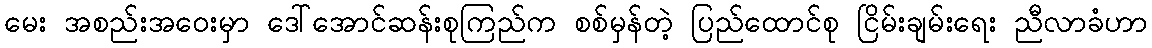
မေး အစည်းအဝေးမှာ ဒေါ်အောင်ဆန်းစုကြည်က စစ်မှန်တဲ့ ပြည်ထောင်စု ငြိမ်းချမ်းရေး ညီလာခံဟာ